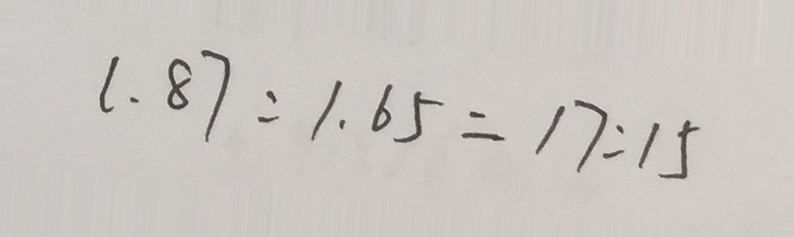
1 . 8 7 : 1 . 6 5 = 1 7 : 1 5